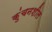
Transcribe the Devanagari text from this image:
कुंचनशील